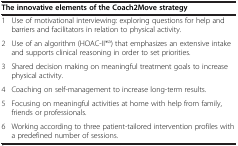
| <COLSPAN=2> The innovative elements of the Coach2Move strategy |
 | --- | --- |
 | 1 | Use of motivational interviewing: exploring questions for help and barriers and facilitators in relation to physical activity. |
 | 2 | Use of an algorithm (HOAC-II*a) that emphasizes an extensive intake and supports clinical reasoning in order to set priorities. |
 | 3 | Shared decision making on meaningful treatment goals to increase physical activity. |
 | 4 | Coaching on self-management to increase long-term results. |
 | 5 | Focusing on meaningful activities at home with help from family, friends or professionals. |
 | 6 | Working according to three patient-tailored intervention profiles with a predefined number of sessions. |